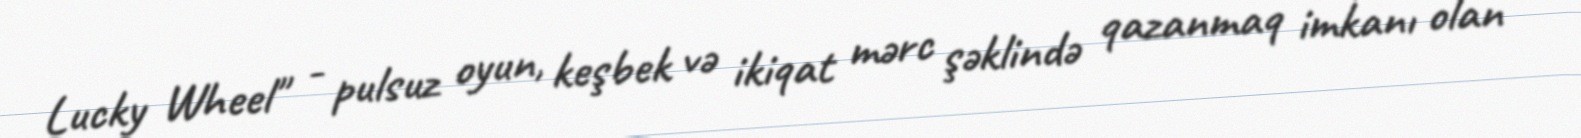
Lucky Wheel" - pulsuz oyun, keşbek və ikiqat mərc şəklində qazanmaq imkanı olan